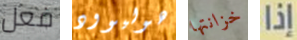
فعل هوليوود خزانتها إذا